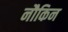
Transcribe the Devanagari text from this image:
नौकिन